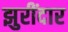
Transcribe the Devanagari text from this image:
झुरींदार